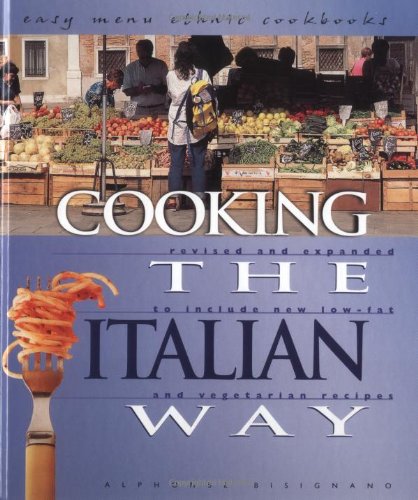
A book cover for Cooking the Italian Way (Easy Menu Ethnic Cookbooks); Alphonse Bisignano; Teen & Young Adult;